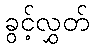
ခွင့်လွှတ်